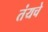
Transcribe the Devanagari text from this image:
तंयचे